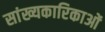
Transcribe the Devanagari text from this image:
सांख्यकारिकाओं